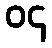
၀၄